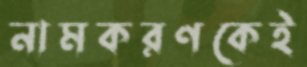
নামকরণকেই